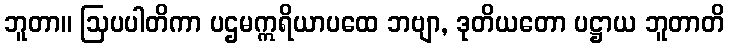
ဘူတာ။ ဩပပါတိကာ ပဌမဣရိယာပထေ ဘဗျာ, ဒုတိယတော ပဋ္ဌာယ ဘူတာတိ